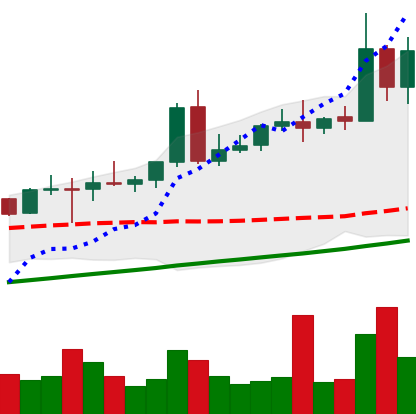
Ticker: NEO-USD
Chart end date: 2020-08-12
Forward return: 14.109%
Label: up_7plus